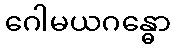
ဂေါမယဂန္ဓော